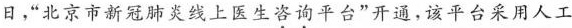
日，”北京市新冠肺炎线上医生\underset{·}{咨}\underset{·}{询}平台”开通，该平台采用人工